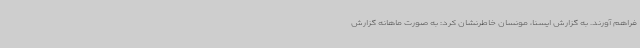
فراهم آورند. به گزارش ایسنا، مونسان خاطرنشان کرد: به صورت ماهانه گزارش